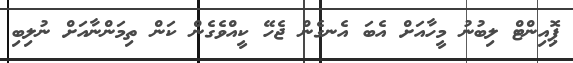
ޕިޮއިންޓް ލިބުނު މީހާއަށް އެބަ އެނގެން ޖެހޭ ކީއްވެގެން ކަން ތިމަންނާއަށް ނުލިބި